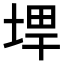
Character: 𪣨